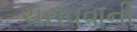
ચરાવવાની